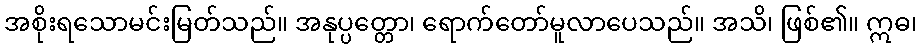
အစိုးရသောမင်းမြတ်သည်။ အနုပ္ပတ္တော၊ ရောက်တော်မူလာပေသည်။ အသိ၊ ဖြစ်၏။ ဣဓ၊